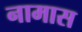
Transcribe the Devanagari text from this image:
नामास